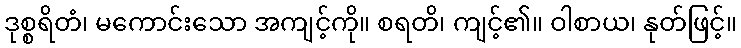
ဒုစ္စရိတံ၊ မကောင်းသော အကျင့်ကို။ စရတိ၊ ကျင့်၏။ ဝါစာယ၊ နုတ်ဖြင့်။